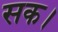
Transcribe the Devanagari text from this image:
सक।